Civil Veterinary Dept. Bombay admin report 1907-1913 - 1907-1913
Year: 1907
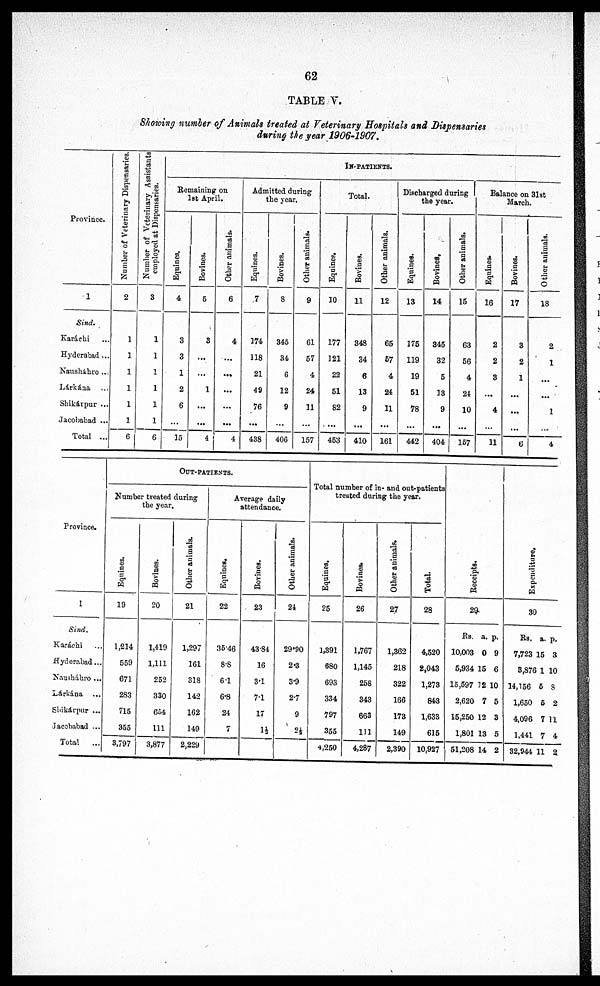
62
TABLE V.
Showing number of Animals treated at Veterinary Hospitals and Dispensaries
during the year 1906-1907.
Province.
1
Sind.
Karáchi ...
Hyderabad ...
Nausháhro ...
Lárkána ...
Shikárpur ...
Jacobabad ...
Total ...
Number of Veterinary Dispensaries
2
1
1
1
1
1
1
6
Number of Veterinary Assistants
employed at Dispensaries.
3
1
1
1
1
1
1
6
IN-PATIENTS.
Remaining on
1st April.
Equines.
4
3
3
1
2
6
...
35
Bovines.
6
3
...
...
1
...
...
4
Other animals.
6
4
...
...
...
...
...
4
Admitted during
the year.
Equines.
7
374
118
21
49
76
...
438
Bovines.
8
345
34
6
12
9
...
406
Other animals.
9
61
57
4
24
21
...
157
Total.
Equines.
10
177
121
22
51
82
...
453
Bovines.
11
348
34
6
13
9
...
410
Other animals.
12
65
57
4
24
11
...
161
Discharged during
the year.
Equines.
13
175
119
19
51
78
...
442
Bovines,
14
345
32
5
33
9
...
404
Other animals.
15
63
56
4
24
10
...
157
Balance on 31st
March.
Equines.
16
2
2
3
...
4
11
Bovines.
17
3
2
1
...
...
...
6
Other animals.
18
2
1
...
...
1
...
4
Province.
1
Sind.
Karachi
Hyderabad...
Nausháhro ...
Lárkána ...
Shikárpur ...
Jacobabad ...
Total
OUT- PATIENTS.
Number treated during
the year.
Equines.
19
1,214
559
671
283
715
355
3,797
Bovines.
20
1,419
1,111
252
330
654
111
3,877
Other animals.
21
1,297
161
318
142
162
149
2,229
Average daily
attendance.
Eqnines.
22
3546
8.S
6.1
6.8
24
7
Bovines.
23
43.84
16
3.1
7.1
17
1½
Other animals.
24
29.90
2.3
3.9
2.7
9
2½
Total number of in. and out-patients
treated during the year.
Equines.
25
1,391
680
693
334
797
355
4,250
Bovines.
26
1,767
1,145
258
343
663
111
4,287
Other animals.
27
1,362
218
322
166
173
149
2,390
Total.
28
4,520
2,043
1,273
843
1,633
615
10,927
Receipts.
29
Rs. a. p.
10,003 0 9
5,934 15 6
15,597 12 10
2,620 7 5
15,250 12 3
1,801 13 5
51,208 14 2
Expenditure.
30
Rs. a. p.
7,723 15 3
3,876 1 10
14,156 5 8
1,650 5 2
4,096 7 11
1,441 7 4
32,944 11 2